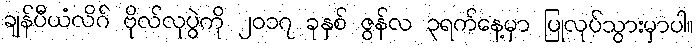
ချန်ပီယံလိဂ် ဗိုလ်လုပွဲကို ၂၀၁၇ ခုနှစ် ဇွန်လ ၃ရက်နေ့မှာ ပြုလုပ်သွားမှာပါ။